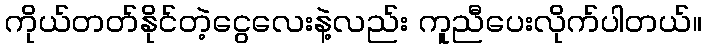
ကိုယ်တတ်နိုင်တဲ့ငွေလေးနဲ့လည်း ကူညီပေးလိုက်ပါတယ်။